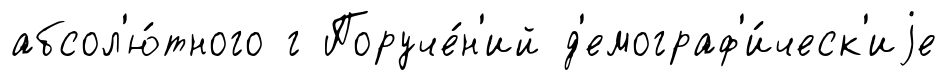
абсол'ю́тного г Поруче́н'ий д'емограф'и́ческ'иjе